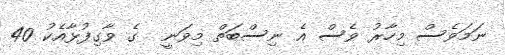
ނަމަވެސް މިހާރު ވެސް އެ ނިސްބަތް މިވަނީ  ގެ ވާގިފުޅާއެކު 40